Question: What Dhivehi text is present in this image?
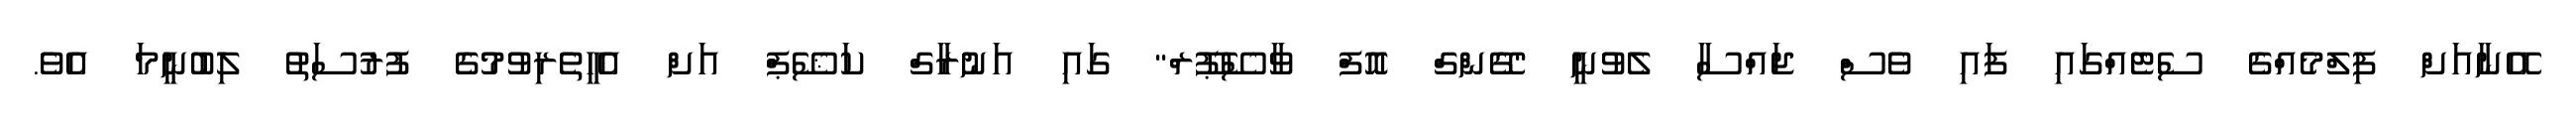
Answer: އޭނާއަށް ފިލްމެއްގެ ސެޓެއްގައި ފައި ވެސް ޖައްސާ ލެވުނީ "ގޭންގް އޮފް ވާސޭޕޫރް" ގައި އަނުރާގް ކަޝޭޕް އަށް އެހީތެރިވުމުގެ ފުރުސަތު ލިބުނީމަ އެވެ.